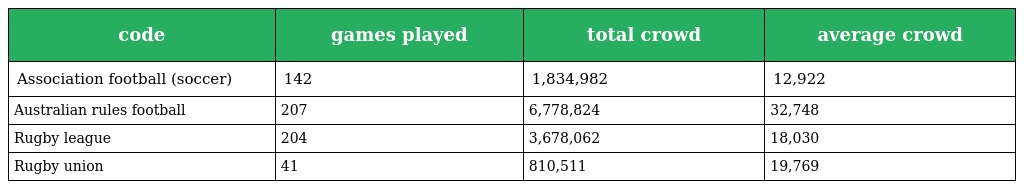
| code | games played | total crowd | average crowd |
 | --- | --- | --- | --- |
 | Association football (soccer) | 142 | 1,834,982 | 12,922 |
 | Australian rules football | 207 | 6,778,824 | 32,748 |
 | Rugby league | 204 | 3,678,062 | 18,030 |
 | Rugby union | 41 | 810,511 | 19,769 |